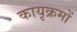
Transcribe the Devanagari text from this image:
कायृक्रमों